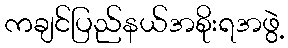
ကချင်ပြည်နယ်အစိုးရအဖွဲ့